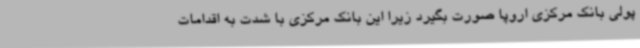
پولی بانک مرکزی اروپا صورت بگیرد زیرا این بانک مرکزی با شدت به اقدامات